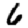
Digit: 6